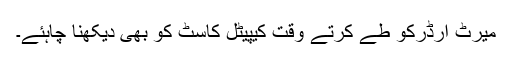
میرٹ آرڈرکو طے کرتے وقت کیپیٹل کاسٹ کو بھی دیکھنا چاہئے۔